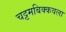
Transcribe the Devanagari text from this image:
चट्टमबिक्कवला